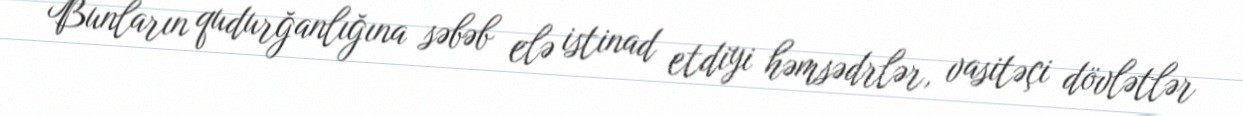
Bunların qudurğanlığına səbəb elə istinad etdiyi həmsədrlər, vasitəçi dövlətlər